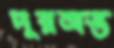
দুরঅস্ত